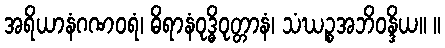
အရိယာနံဂဏဝရံ၊ ဓိရာနံဝုဒ္ဓိဝုတ္တာနံ၊ သံဃဉ္စအဘိဝန္ဒိယ။ ။